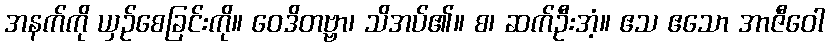
အနက်ကို ယှဉ်စေခြင်းကို။ ဝေဒိတဗ္ဗာ၊ သိအပ်၏။ စ၊ ဆက်ဦးအံ့။ ဧသ ဧသော အာဇီဝေါ